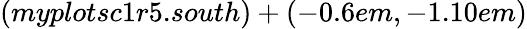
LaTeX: (myplotsc1r5.south)+(-0.6em,-1.10em)